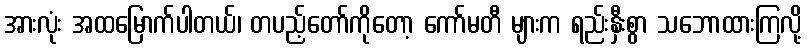
အားလုံး အထမြောက်ပါတယ်၊ တပည့်တော်ကိုတော့ ကော်မတီ များက ရည်းနှီးစွာ သဘောထားကြလို့